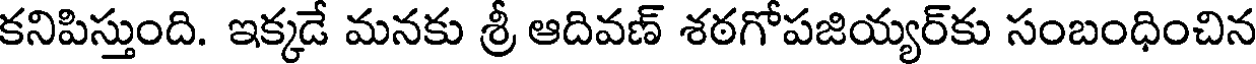
కనిపిస్తుంది. ఇక్కడే మనకు శ్రీ ఆదివణ్ శఠగోపజియ్యర్కు సంబంధించిన